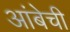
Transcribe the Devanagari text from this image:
आंबेची